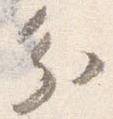
分